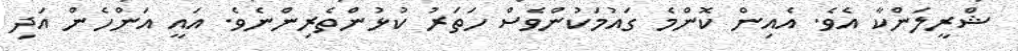
ޝްރީލަންކާ އެވެ. އެއިން ކޮންމެ ގައުމަކުންވެސް ހަތަރު ކުޅުންތެރިންނެވެ. އައީ އަންހެން އަދި